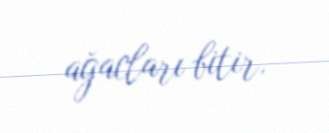
ağacları bitir.